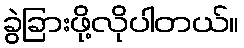
ခွဲခြားဖို့လိုပါတယ်။